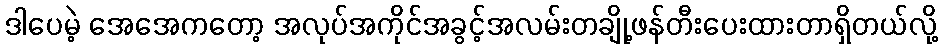
ဒါပေမဲ့ အေအေကတော့ အလုပ်အကိုင်အခွင့်အလမ်းတချို့ဖန်တီးပေးထားတာရှိတယ်လို့